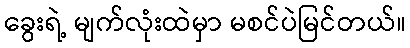
ခွေးရဲ့ မျက်လုံးထဲမှာ မစင်ပဲမြင်တယ်။